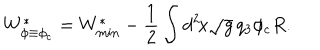
LaTeX: W _ { \phi \equiv \phi _ { \mathrm { c } } } ^ { * } = W _ { \mathrm { m i n } } ^ { * } - \frac { 1 } { 2 } \int d ^ { 2 } \! x \sqrt { g } \, q _ { 3 } \phi _ { \mathrm { c } } R .